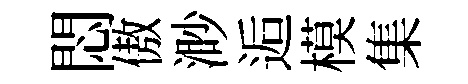
悶傲渺逅模集